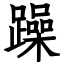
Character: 躁